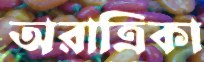
অরাত্রিকা